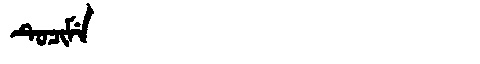
Manchu: ᡨᡠᠴᡳᠮᡝ
Romanization: TUCIME